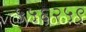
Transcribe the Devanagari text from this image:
५५६२५९